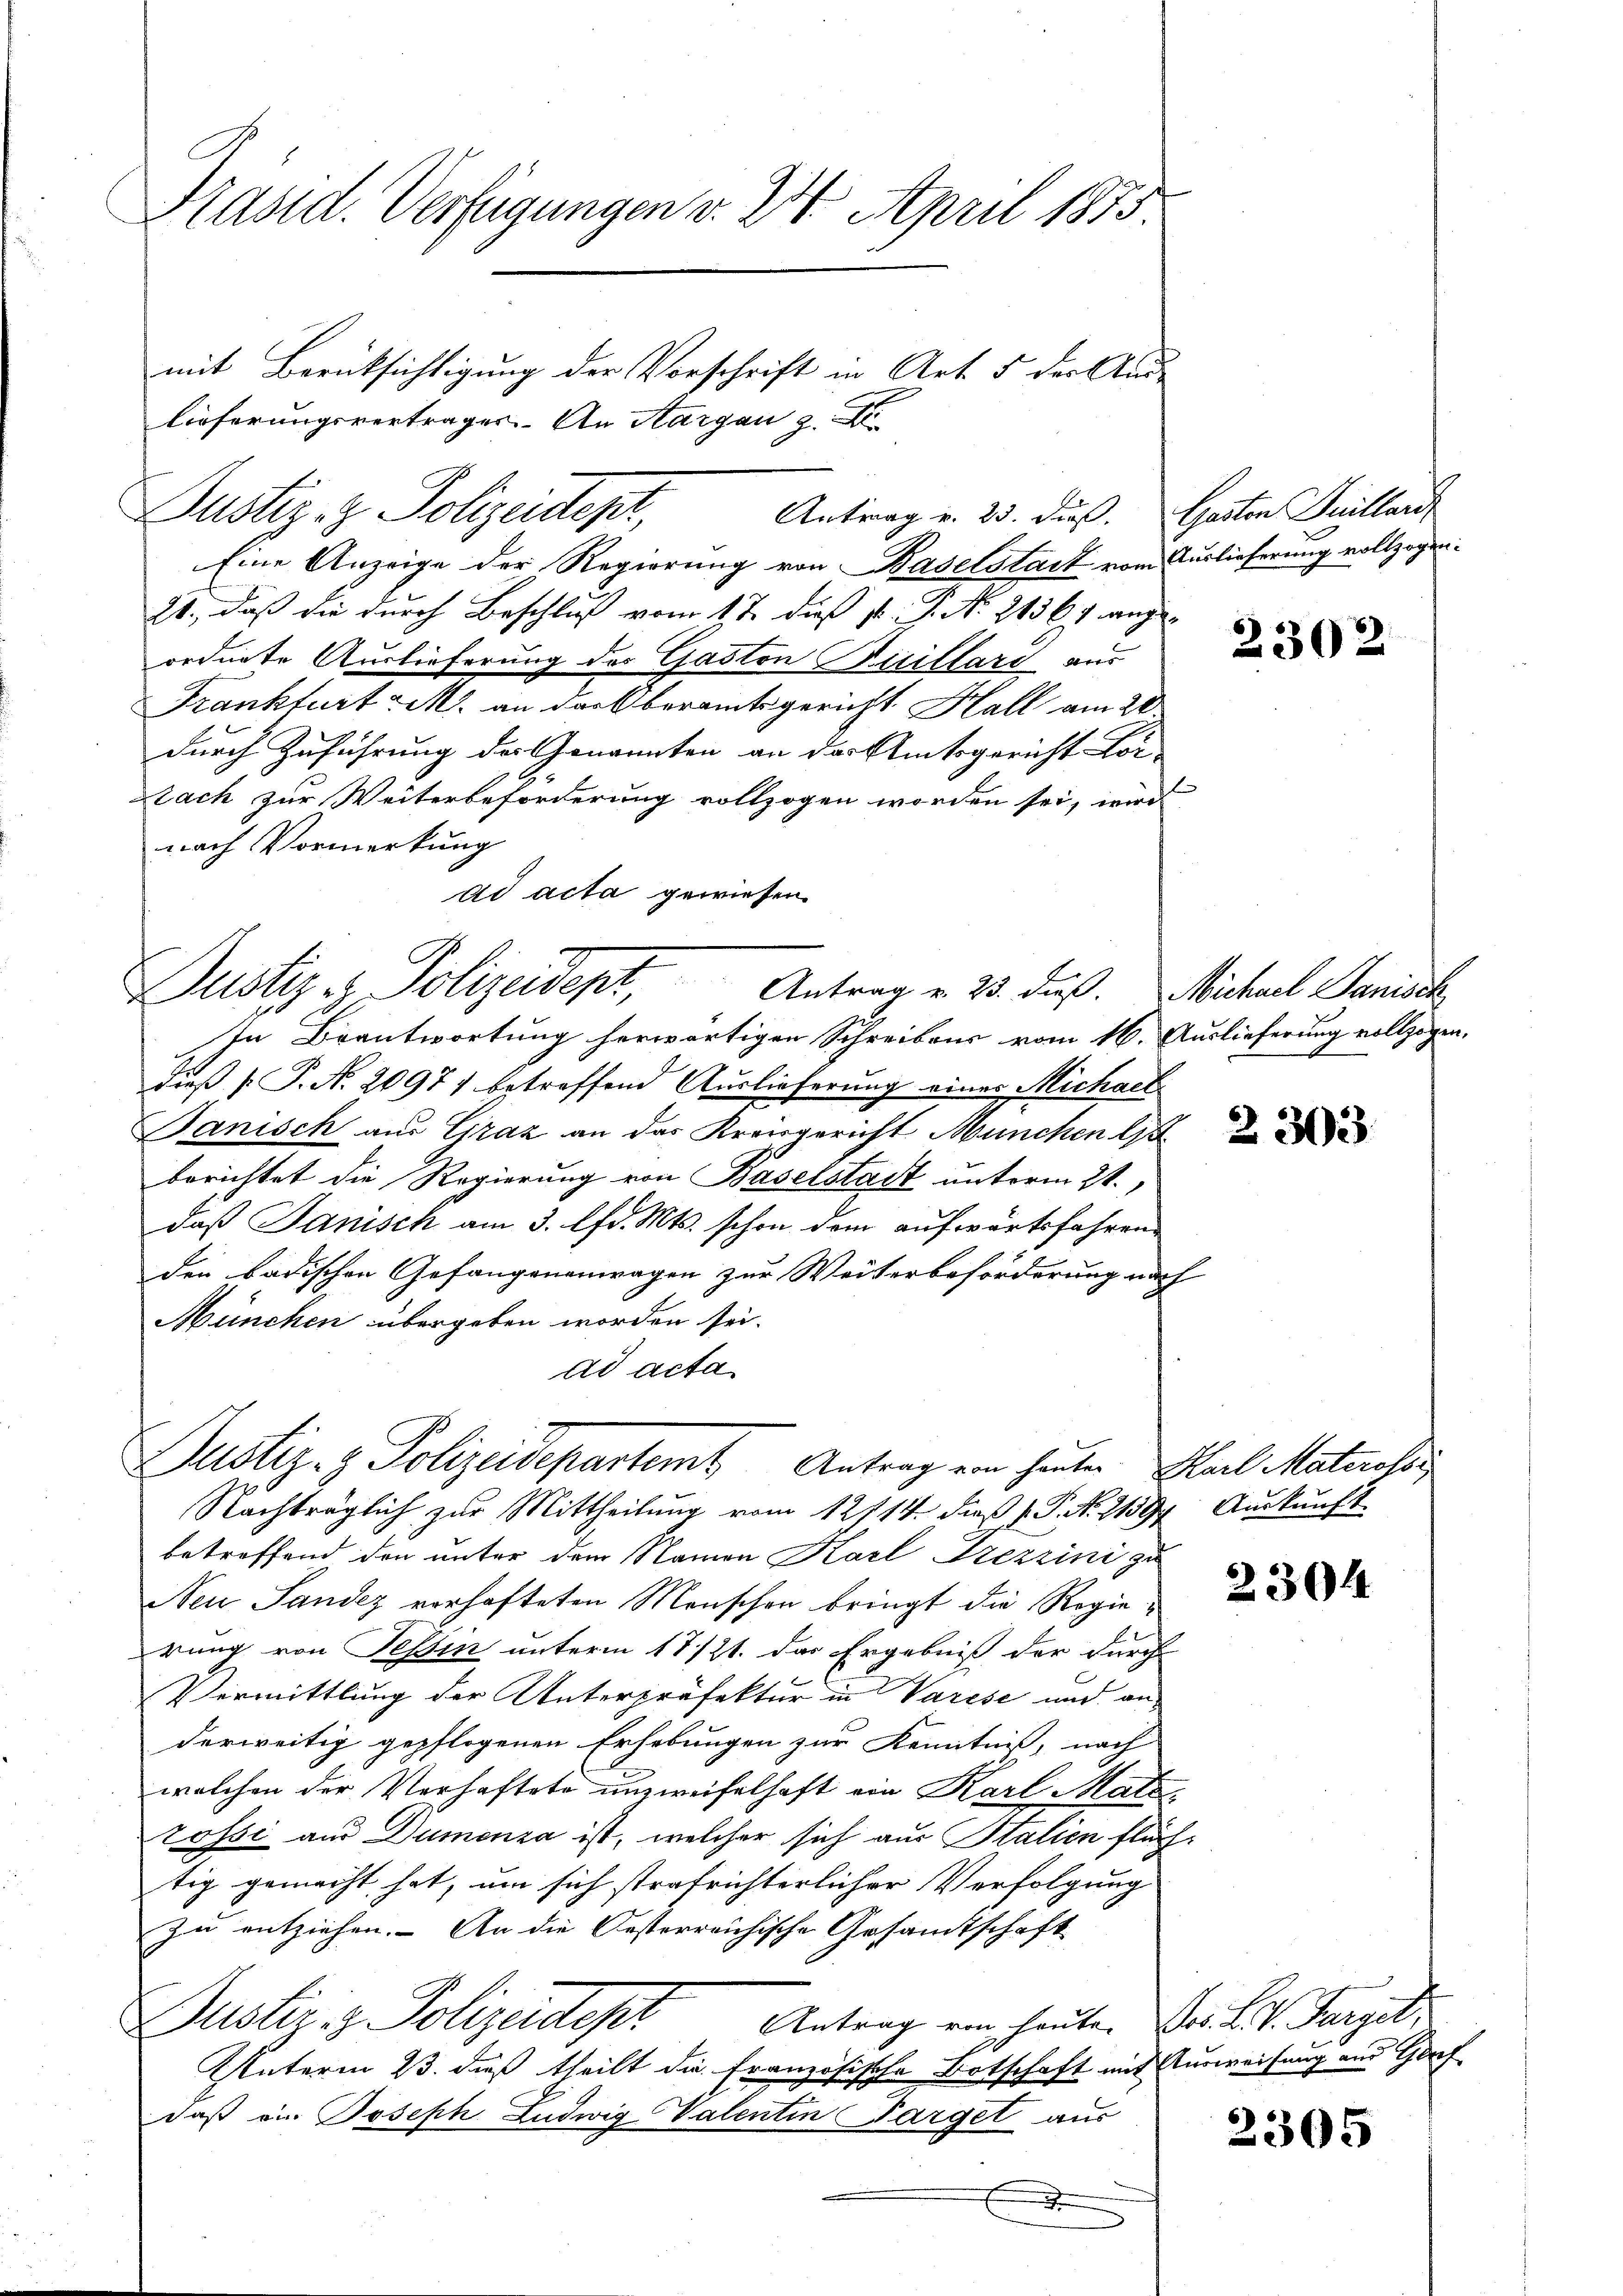
Präsid. Verfügungen v. 24. April 1875

mit Berücksichtigung der Vorschrift in Art. 5 der Aus-
lieferungsvertrages. An Aargau z.
Dustiz- & Polizeidepr
Eine Anzeige der Regierung von Baselstadt vom Auslieferung vollzogen¬
21., daß die durch Beschluß vom 17. dieß st. P. Nr. 21567 angeordnete Auslieferung des Gaston Sicillard aus
Frankfurt M. an darf beramtsgericht Hall am 28.
durch Zuführung der Genannten an das Amtsgericht kor-
zach zur Weiterbeforderung vollzogen worden sei, wird
nach Vormerkung
ad acta gewiesen.
In Beantwortung herwärtigen Schreibens vom 16. Auslieferung vollzogen,
dieß P. N. 2097) betreffend Auslieferung eines Michael
Banisch aus Graz an das Kreisgericht München l
berichtet die Regierung von Baselstadt unterm 2t.
daß Janisch am 3. lfd. Mts. schon dem aufwärtsfahren
den badischen Gefangenenwagen zur Weiterbeforderung nach
München übergeben worden sei.
ad acta
Justiz- & Polizeidepartemt Antrag von heuten Karl Materofes
Nachträglich zur Mittheilung vom 12/14. dieß P. Nr. 21394. Auskunft
betreffend den unter dem Namen Karl Frezzini zu
Neu Sandez verhafteten Menschen bringt die Regierung von Tessin unterm 17/21. das Ergebniß der durch
Vermittlung der Unterpräfektur in Varese und anderweitig gepflogenen Erhebungen zur Kenntniß, nach
welchen der Verhaftete unzweifelhaft von Karl Materossi aus Dumenza ist, welcher sich aus Stalien flüchtig gemacht hat, um sich strafrichterlicher Verfolgung
zu entziehen. An die Oesterreichische Gesamtschaft
Justiz- & Polizeidept
Antrag von heute. Jos. L. V. Parzel,
Unterm 23. dieß theilt die Französische Botschaft mit Ausweisung und Gorf
daß ein Joseph Ludwig Valentin Parget aus
d

Justiz & Polizeidept, Antrag v. 23. dß. Michael Parisch

Antrag v. 23. durs. Gaston Juillard

2302

2303

2304

2305